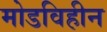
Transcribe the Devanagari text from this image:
मोडविहीन